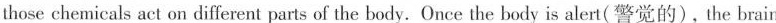
those chemicals act on different parts of the body. Once the body is alert(警觉的), the brain